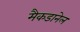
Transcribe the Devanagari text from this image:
मैकडानेल